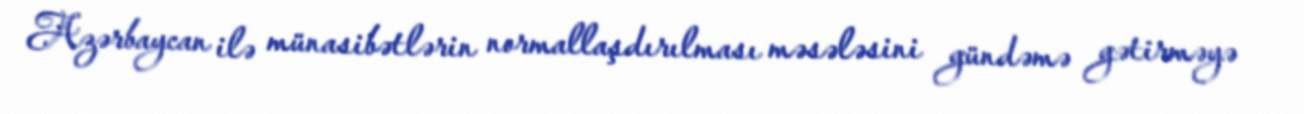
Azərbaycan ilə münasibətlərin normallaşdırılması məsələsini gündəmə gətirməyə